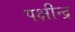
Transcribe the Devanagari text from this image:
पक्षीन्द्र